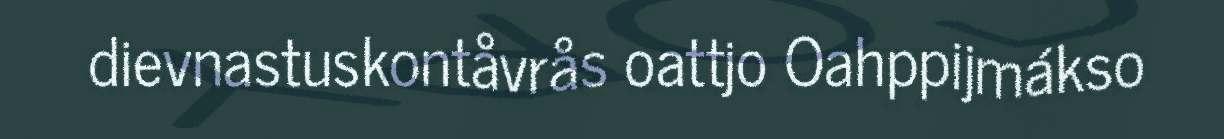
dievnastuskontåvrås oattjo Oahppijmákso